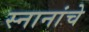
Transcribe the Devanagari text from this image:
स्नानांचे